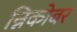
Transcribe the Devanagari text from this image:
न्निकोबर